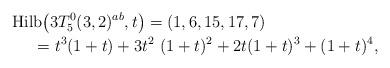
LaTeX: \begin{gather*}{\rm Hilb}\big(3T_5^{0}(3,2)^{ab},t\big)=(1,6,15,17,7)\\\hphantom{{\rm Hilb}\big(3T_5^{0}(3,2)^{ab},t\big)}{}=t^3 (1+t)+3 t^2~(1+t)^2+2t (1+t)^3+(1+t)^4,\end{gather*}